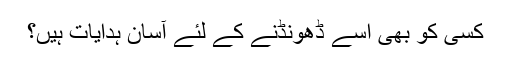
کسی کو بھی اسے ڈھونڈنے کے لئے آسان ہدایات ہیں؟